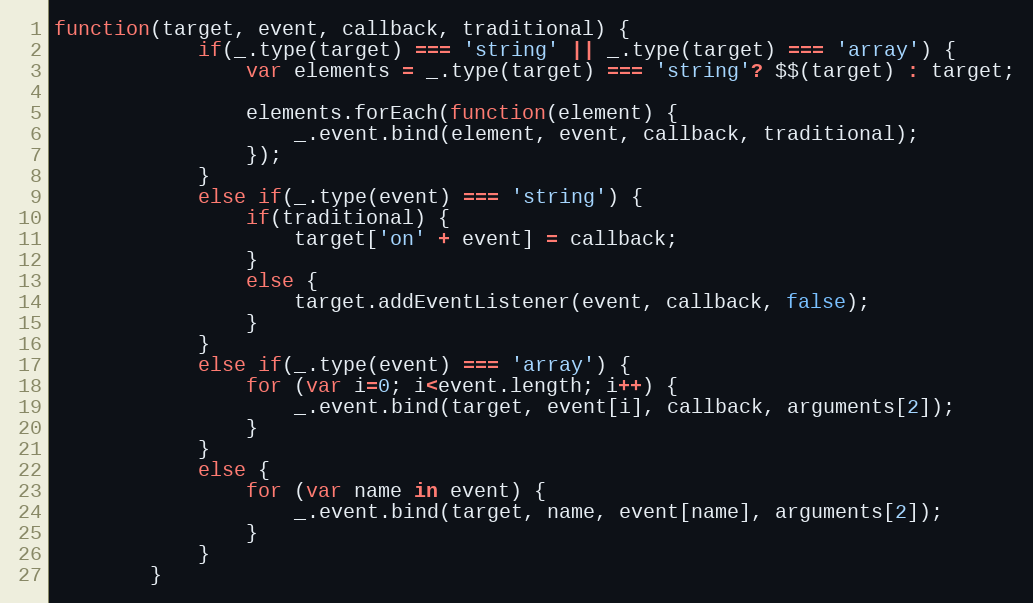
Language: JavaScript
function(target, event, callback, traditional) {
			if(_.type(target) === 'string' || _.type(target) === 'array') {
				var elements = _.type(target) === 'string'? $$(target) : target;

				elements.forEach(function(element) {
					_.event.bind(element, event, callback, traditional);
				});
			}
			else if(_.type(event) === 'string') {
				if(traditional) {
					target['on' + event] = callback;
				}
				else {
					target.addEventListener(event, callback, false);
				}
			}
			else if(_.type(event) === 'array') {
				for (var i=0; i<event.length; i++) {
					_.event.bind(target, event[i], callback, arguments[2]);
				}
			}
			else {
				for (var name in event) {
					_.event.bind(target, name, event[name], arguments[2]);
				}
			}
		}